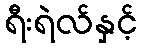
ရီးရဲလ်နှင့်